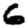
Digit: 6